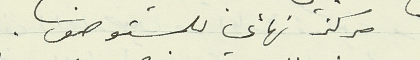
مركز نهائي للمستوصف.